King Institute of Preventive Medicine Micro-Biological Section reports 1909-11
Year: 1909
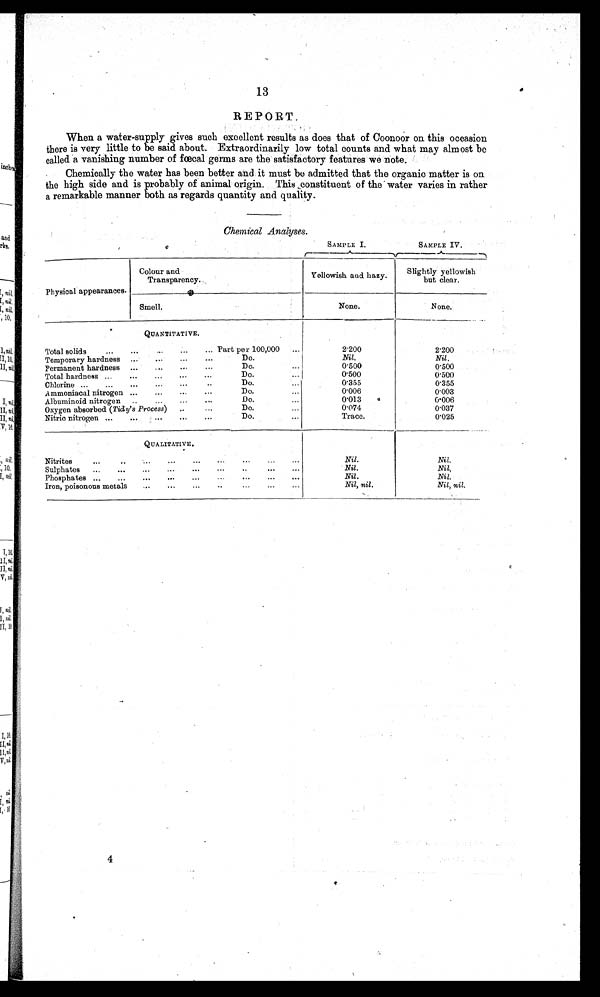
13
REPORT.
When a water-supply gives such excellent results as does that of Coonoor on this occasion
there is very little to be said about. Extraordinarily low total counts and what may almost be
called a vanishing number of fœcal germs are the satisfactory features we note.
Chemically the water has been better and it must be admitted that the organic matter is on
the high side and is probably of animal origin. This .constituent of the water varies in rather
a remarkable manner both as regards quantity and quality.
Chemical Analyses.
SAMPLE I.
SAMPLE IV.
Physical appearances.
Colour and
T r a n s p a r e n c y .
Yellowish and hazy.
Slightly yellowish
but clear.
Smell.
None.
None.
QUANTITATIVE.
Total solids
Part per 100,000
2 · 2 0 0
2 · 2 0 0
Temporary hardness
Do.
Nil.
Nil.
Permanent hardness
Do.
0 · 5 0 0
0 · 5 0 0
Total hardness
Do.
0 · 5 0 0
0 · 5 0 0
Chlorine
Do.
0 · 3 5 5
0 · 3 5 5
Ammoniacal nitrogen
Do.
0 · 0 0 6
0 · 0 0 3
Albuminoid nitrogen
Do.
0 · 0 1 3
0 · 0 0 6
Oxygen absorbed ( Tidy's Process)
Do.
0 · 0 7 4
0 · 0 3 7
Nitric nitrogen
Do.
Trace.
0 · 0 2 5
QUALITATIVE.
Nitrites
Nil.
Nil.
Sulphates
Nil.
Nil.
Phosphates
Nil.
Nil.
Iron, poisonous metals
Nil, nil.
Nil, nil